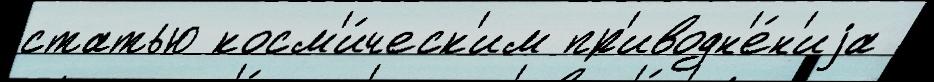
статью косм'и́ческ'им пр'иводн'е́н'иjа